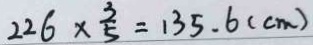
2 2 6 \times \frac { 3 } { 5 } = 1 3 5 . 6 ( c m )